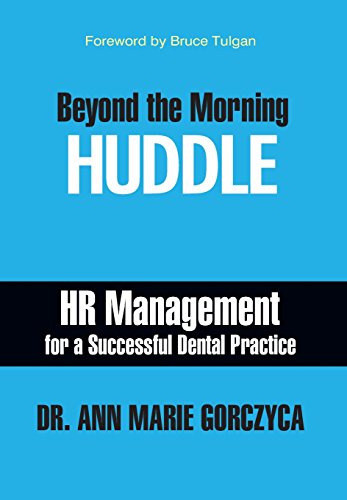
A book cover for Beyond the Morning Huddle: HR Management for a Successful Dental Practice; Ann Marie Gorczyca; Medical Books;